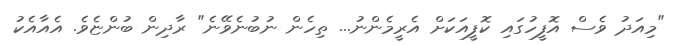
"މިއަދު ވެސް އޮފީހުގައި ކޮފީއަކަށް އެރީމެންނު... ތިހެން ނުބުނެވޭނެ" ރާދިން ބުންޏެވެ. އެއާއެކު